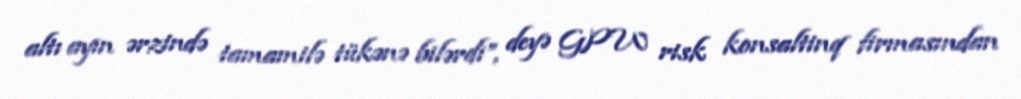
altı ayın ərzində tamamilə tükənə bilərdi”, deyə GPW risk konsaltinq firmasından